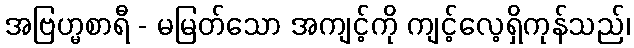
အဗြဟ္မစာရီ - မမြတ်သော အကျင့်ကို ကျင့်လေ့ရှိကုန်သည်၊